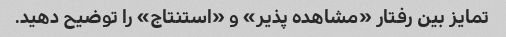
تمایز بین رفتار «مشاهده پذیر» و «استنتاج» را توضیح دهید.